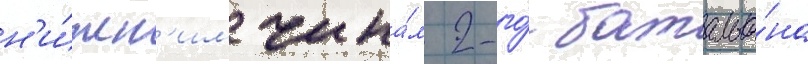
н'и́жн'им чина́м 2-го́ батальо́на